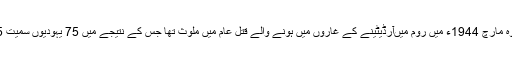
اس پر الزام ثابت ہوا تھا کہ وہ مارچ 1944ء میں روم میںآرڈیٹینے کے غاروں میں ہونے والے قتل عام میں ملوث تھا جس کے نتیجے میں 75 یہودیوں سمیت 335 افراد مارے گئے تھے۔